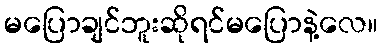
မပြောချင်ဘူးဆိုရင်မပြောနဲ့လေ။